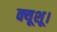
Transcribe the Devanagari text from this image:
क्यूशू।